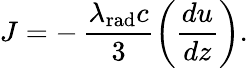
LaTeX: J=-\, \frac{\lambda_{\mathrm{rad}}c}{3}\left(\frac{du}{dz}\right).